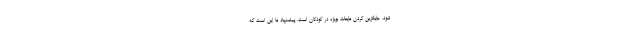
شود، جایگزین کردن مایعات بویژه در کودکان است. پیشنهاد ما این است که